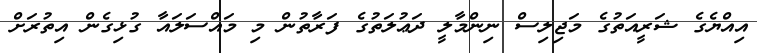
އިއްޔެގެ ޝަރީއަތުގެ މަޖިލިސް ނިންމާލީ ދަޢުލަތުގެ ފަރާތުން މި މައްސަލައާ ގުޅިގެން އިތުރަށް